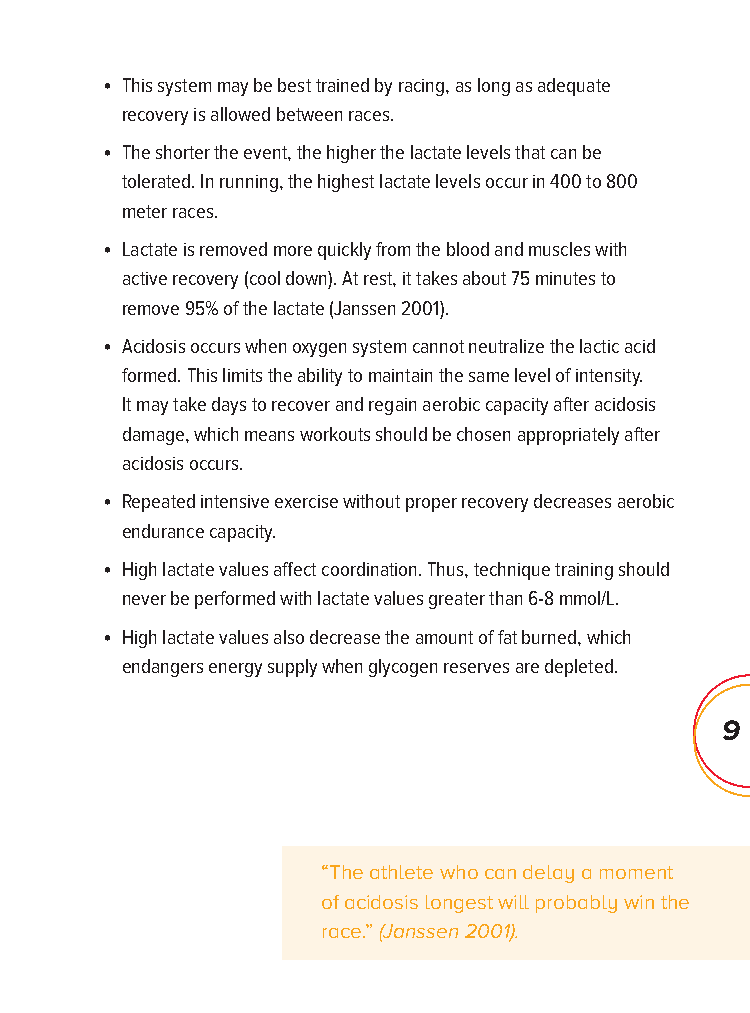
• This system may be best trained by racing, as long as adequate
 recovery is allowed between races.
 • The shorter the event, the higher the lactate levels that can be
 tolerated. In running, the highest lactate levels occur in 400 to 800
 meter races.
 • Lactate is removed more quickly from the blood and muscles with
 active recovery (cool down). At rest, it takes about 75 minutes to
 remove 95% of the lactate (Janssen 2001).
 • Acidosis occurs when oxygen system cannot neutralize the lactic acid
 formed. This limits the ability to maintain the same level of intensity.
 It may take days to recover and regain aerobic capacity after acidosis
 damage, which means workouts should be chosen appropriately after
 acidosis occurs.
 • Repeated intensive exercise without proper recovery decreases aerobic
 endurance capacity.
 • High lactate values affect coordination. Thus, technique training should
 never be performed with lactate values greater than 6-8 mmol/L.
 • High lactate values also decrease the amount of fat burned, which
 endangers energy supply when glycogen reserves are depleted.
 9
 “The athlete who can delay a moment
 of acidosis longest will probably win the
 race.” (Janssen 2001).